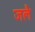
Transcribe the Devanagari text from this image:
जलै